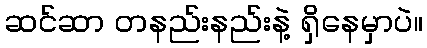
ဆင်ဆာ တနည်းနည်းနဲ့ ရှိနေမှာပဲ။